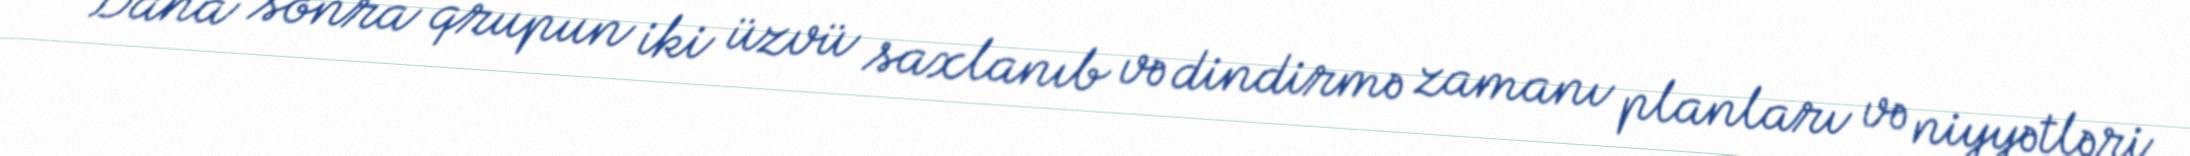
Daha sonra qrupun iki üzvü saxlanıb və dindirmə zamanı planları və niyyətləri